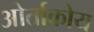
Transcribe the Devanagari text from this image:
ओर्ताकोय